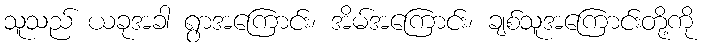
သူသည် ယခုအခါ ရွာအကြောင်း၊ အိမ်အကြောင်း၊ ချစ်သူအကြောင်းတို့ကို